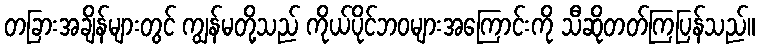
တခြားအချိန်များတွင် ကျွန်မတို့သည် ကိုယ်ပိုင်ဘဝများအကြောင်းကို သီဆိုတတ်ကြပြန်သည်။